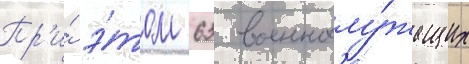
Пр'и́ э́том 63 военнослу́жащих